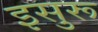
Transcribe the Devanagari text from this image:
इसुरू